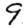
Digit: 9